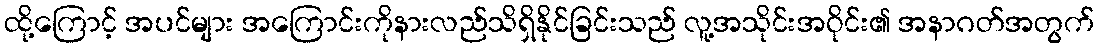
ထို့ကြောင့် အပင်များ အကြောင်းကိုနားလည်သိရှိနိုင်ခြင်းသည် လူ့အသိုင်းအဝိုင်း၏ အနာဂတ်အတွက်